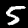
Digit: 5